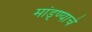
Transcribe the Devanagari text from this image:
मांड्ण्याचे